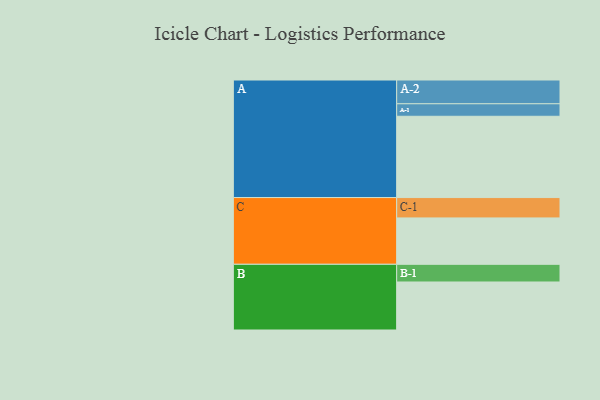
{"axis": {"x": "Segment", "y": "Value"}, "legend": ["", "A", "B", "C"], "data": [{"x": "A", "y": 547, "type": ""}, {"x": "B", "y": 323, "type": ""}, {"x": "C", "y": 312, "type": ""}, {"x": "A-1", "y": 84, "type": "A"}, {"x": "A-2", "y": 160, "type": "A"}, {"x": "B-1", "y": 119, "type": "B"}, {"x": "C-1", "y": 137, "type": "C"}]}